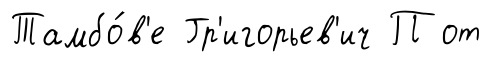
Тамбо́в'е Гр'игорьев'ич П от